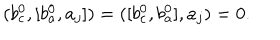
LaTeX: ( b _ { c } ^ { 0 } , [ b _ { a } ^ { 0 } , a _ { j } ] ) = ( [ b _ { c } ^ { 0 } , b _ { a } ^ { 0 } ] , a _ { j } ) = 0 .